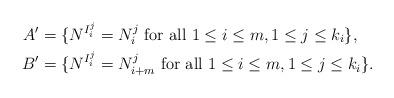
LaTeX: \begin{align*}A'&=\{ N^{I_i^j} =N_i^j \textrm{ for all } 1\le i\le m, 1\le j\le k_i \},\\B'&=\{ N^{I_i^j} =N_{i+m}^j \textrm{ for all } 1\le i\le m, 1\le j\le k_i \}.\end{align*}